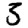
Digit: 3